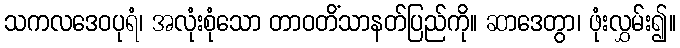
သကလဒေဝပုရံ၊ အလုံးစုံသော တာဝတိံသာနတ်ပြည်ကို။ ဆာဒေတွာ၊ ဖုံးလွှမ်း၍။